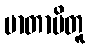
မာတာပိတူ